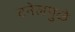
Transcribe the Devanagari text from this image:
टनेलमुळे